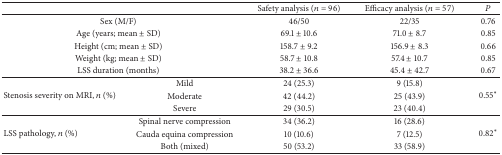
<table><thead><tr><td colspan="2">[EMPTY_CELL]</td><td><b>Safety analysis (<i>n</i> = 96)</b></td><td><b>Efficacy analysis (<i>n</i> = 57)</b></td><td><b><i>P</i></b></td></tr></thead><tbody><tr><td colspan="2">Sex (M/F)</td><td>46/50</td><td>22/35</td><td>0.76</td></tr><tr><td colspan="2">Age (years; mean ± SD)</td><td>69.1 ± 10.6</td><td>71.0 ± 8.7</td><td>0.85</td></tr><tr><td colspan="2">Height (cm; mean ± SD)</td><td>158.7 ± 9.2</td><td>156.9 ± 8.3</td><td>0.66</td></tr><tr><td colspan="2">Weight (kg; mean ± SD)</td><td>58.7 ± 10.8</td><td>57.4 ± 10.7</td><td>0.85</td></tr><tr><td colspan="2">LSS duration (months)</td><td>38.2 ± 36.6</td><td>45.4 ± 42.7</td><td>0.67</td></tr><tr><td rowspan="3">Stenosis severity on MRI, <i>n</i> (%)</td><td>Mild</td><td>24 (25.3)</td><td>9 (15.8)</td><td rowspan="3">0.55<sup><i>∗</i></sup></td></tr><tr><td>Moderate</td><td>42 (44.2)</td><td>25 (43.9)</td></tr><tr><td>Severe</td><td>29 (30.5)</td><td>23 (40.4)</td></tr><tr><td rowspan="3">LSS pathology, <i>n</i> (%)</td><td>Spinal nerve compression</td><td>34 (36.2)</td><td>16 (28.6)</td><td rowspan="3">0.82<sup><i>∗</i></sup></td></tr><tr><td>Cauda equina compression</td><td>10 (10.6)</td><td>7 (12.5)</td></tr><tr><td>Both (mixed)</td><td>50 (53.2)</td><td>33 (58.9)</td></tr></tbody></table>